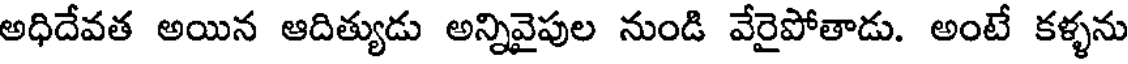
అధిదేవత అయిన ఆదిత్యుడు అన్నివైపుల నుండి వేరైపోతాడు. అంటే కళ్ళను